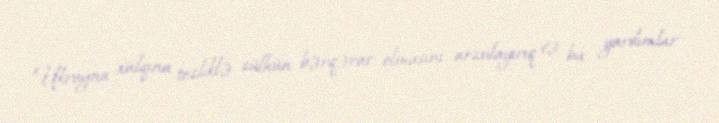
Ukrayna xalqına tezliklə sülhün bərqərar olmasını arzulayırıq və bu yardımlar